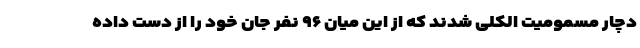
دچار مسمومیت الکلی شدند که از این میان ۹۶ نفر جان خود را از دست داده